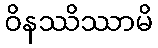
ဝိနဿိဿာမိ